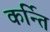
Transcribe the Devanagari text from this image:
कर्न्ति